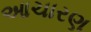
આચારણ